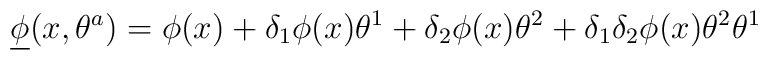
{\underline \phi} (x,\theta^a) = \phi(x) + \delta_1\phi (x) \theta^1+\delta_2\phi (x) \theta^2 +\delta_1\delta_2\phi (x)  \theta^2\theta^1